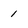
Character: 1